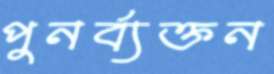
পুনর্ব্যক্তন